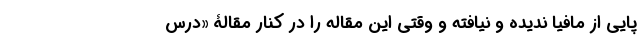
پایی از مافیا ندیده و نیافته و وقتی این مقاله را در کنار مقالۀ «درس